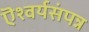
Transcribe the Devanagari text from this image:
ऎश्वर्यसंपन्न